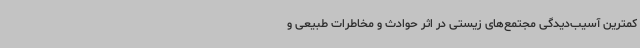
کمترین آسیب‌دیدگی مجتمع‌های زیستی در اثر حوادث و مخاطرات طبیعی و